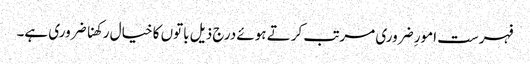
فہرست امورِ ضروری مرتب کرتے ہوئے درج ذیل باتوں کا خیال رکھنا ضروری ہے۔